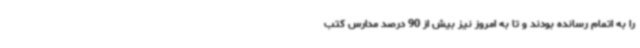
را به اتمام رسانده بودند و تا به امروز نیز بیش از 90 درصد مدارس کتب